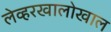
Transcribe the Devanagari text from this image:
लेव्हरखालोखाल